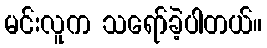
မင်းလူက သရော်ခဲ့ပါတယ်။